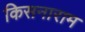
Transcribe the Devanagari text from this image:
किसनाराम